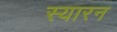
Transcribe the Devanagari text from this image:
स्यारन